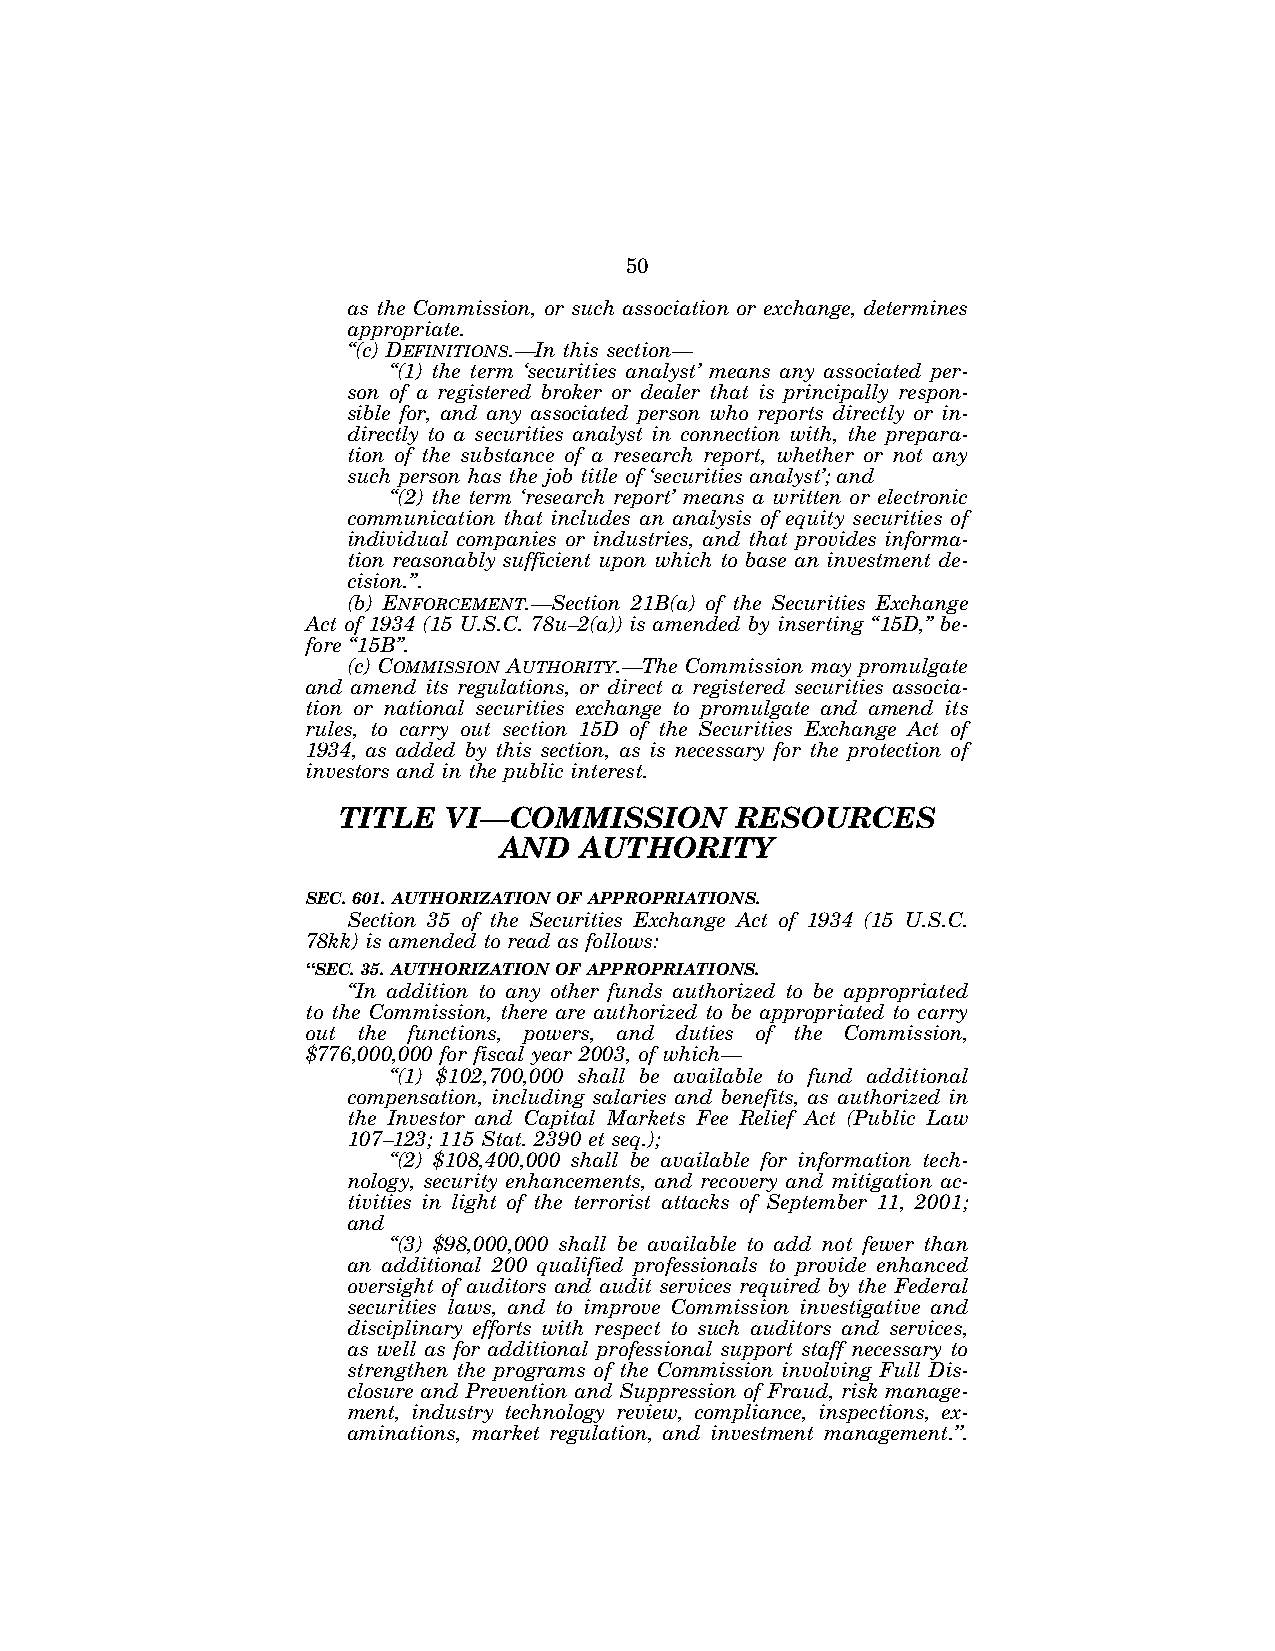
50
 as the Commission, or such association or exchange, determines
 appropriate.
 ‘‘(c) DEFINITIONS.—In this section—
 ‘‘(1) the term ‘securities analyst’ means any associated per-
 son of a registered broker or dealer that is principally respon-
 sible for, and any associated person who reports directly or in-
 directly to a securities analyst in connection with, the prepara-
 tion of the substance of a research report, whether or not any
 such person has the job title of ‘securities analyst’; and
 ‘‘(2) the term ‘research report’ means a written or electronic
 communication that includes an analysis of equity securities of
 individual companies or industries, and that provides informa-
 tion reasonably sufficient upon which to base an investment de-
 cision.’’.
 (b) ENFORCEMENT.—Section 21B(a) of the Securities Exchange
 Act of 1934 (15 U.S.C. 78u–2(a)) is amended by inserting ‘‘15D,’’ be-
 fore ‘‘15B’’.
 (c) COMMISSION AUTHORITY.—The Commission may promulgate
 and amend its regulations, or direct a registered securities associa-
 tion or national securities exchange to promulgate and amend its
 rules, to carry out section 15D of the Securities Exchange Act of
 1934, as added by this section, as is necessary for the protection of
 investors and in the public interest.
 TITLE   VI—COMMISSION      RESOURCES
 AND  AUTHORITY
 SEC. 601. AUTHORIZATION OF APPROPRIATIONS.
 Section 35 of the Securities Exchange Act of 1934 (15 U.S.C.
 78kk) is amended to read as follows:
 ‘‘SEC. 35. AUTHORIZATION OF APPROPRIATIONS.
 ‘‘In addition to any other funds authorized to be appropriated
 to the Commission, there are authorized to be appropriated to carry
 out the functions, powers, and duties of the Commission,
 $776,000,000 for fiscal year 2003, of which—
 ‘‘(1) $102,700,000 shall be available to fund additional
 compensation, including salaries and benefits, as authorized in
 the Investor and Capital Markets Fee Relief Act (Public Law
 107–123; 115 Stat. 2390 et seq.);
 ‘‘(2) $108,400,000 shall be available for information tech-
 nology, security enhancements, and recovery and mitigation ac-
 tivities in light of the terrorist attacks of September 11, 2001;
 and
 ‘‘(3) $98,000,000 shall be available to add not fewer than
 an additional 200 qualified professionals to provide enhanced
 oversight of auditors and audit services required by the Federal
 securities laws, and to improve Commission investigative and
 disciplinary efforts with respect to such auditors and services,
 as well as for additional professional support staff necessary to
 strengthen the programs of the Commission involving Full Dis-
 closure and Prevention and Suppression of Fraud, risk manage-
 ment, industry technology review, compliance, inspections, ex-
 aminations, market regulation, and investment management.’’.
 VerDate Jul 19 2002 16:35 Jul 25, 2002 Jkt 080361 PO 00000 Frm 00050 Fmt 6659 Sfmt 6603 E:\HR\OC\HR610.XXX pfrm15 PsN: HR610